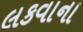
લકવાના